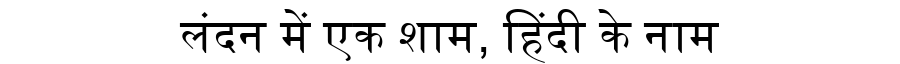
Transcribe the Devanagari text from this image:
लंदन में एक शाम, हिंदी के नाम